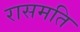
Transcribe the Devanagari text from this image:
रासमति